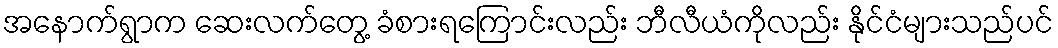
အနောက်ရွာက ဆေးလက်တွေ့ ခံစားရကြောင်းလည်း ဘီလီယံကိုလည်း နိုင်ငံများသည်ပင်